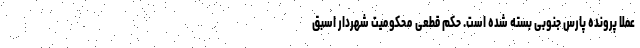
عملا پرونده پارس جنوبی بسته شده است. حکم قطعی محکومیت شهردار اسبق